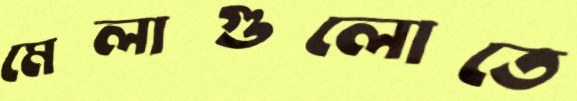
মেলাগুলোতে